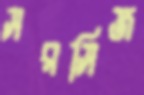
সরসিজ